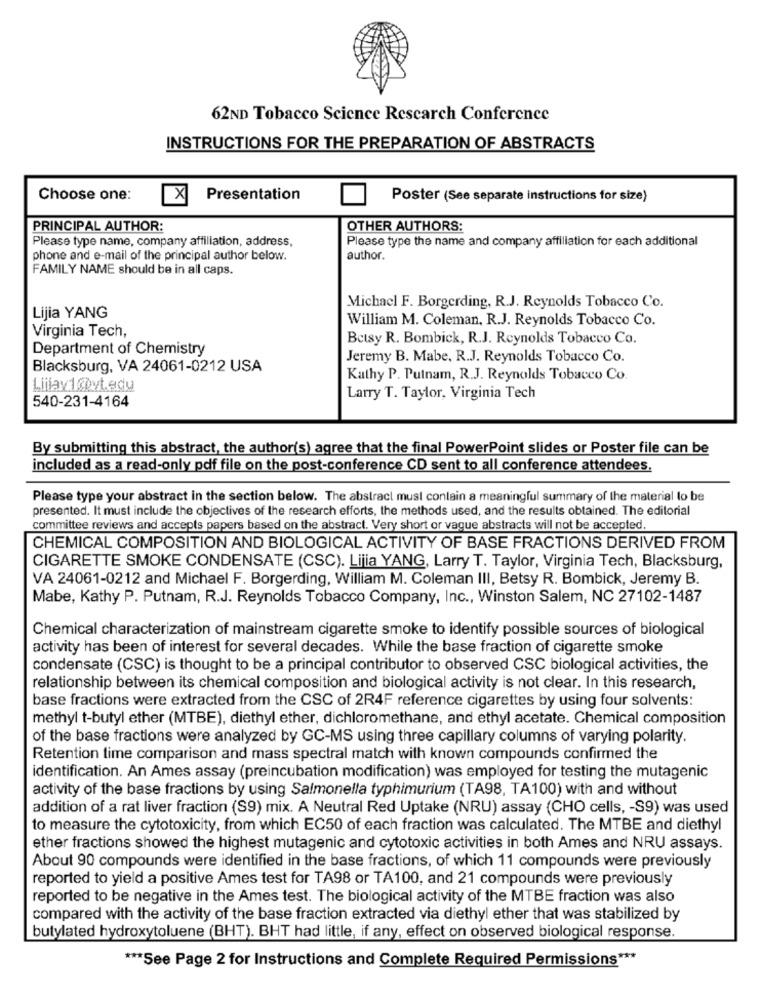
62ND Tobacco Science Research Conference
INSTRUCTIONS FOR THE PREPARATION OF ABSTRACTS
Choose one:
X
Presentation
Poster (See separate instructions for size)
PRINCIPAL AUTHOR:
OTHER AUTHORS:
Please type name, company affiliation, address,
Please type the name and company affiliation for each additional
phone and e-mail of the principal author below.
author.
FAMILY NAME should be in all caps.
Michacl F. Borgerding, R.J. Reynolds Tobacco Co.
Lijia YANG
William M. Coleman, R.J. Reynolds Tobacco Co.
Virginia Tech,
Betsy R. Bombick, R.J. Reynolds Tobacco Co.
Department of Chemistry
Jeremy B. Mabe, R.J. Reynolds Tobacco Co.
Blacksburg, VA 24061-0212 USA
Kathy P. Putnam, R.J. Reynolds Tobacco Co.
Liliav1@byt.edu
540-231-4164
Larry T. Taylor, Virginia Tech
By submitting this abstract, the author's) agree that the final PowerPoint slides or Poster file can be
included as a read-only pdf file on the post-conference CD sent to all conference attendees.
Please type your abstract in the section below. The abstract must contain a meaningful summary of the material to be
presented. It must include the objectives of the research efforts, the methods used, and the results obtained. The editorial
committee reviews and accepts papers based on the abstract. Very short or vague abstracts will not be accepted.
CHEMICAL COMPOSITION AND BIOLOGICAL ACTIVITY OF BASE FRACTIONS DERIVED FROM
CIGARETTE SMOKE CONDENSATE (CSC). Lijia YANG, Larry T. Taylor, Virginia Tech, Blacksburg,
VA 24061-0212 and Michael F. Borgerding, William M. Coleman III, Betsy R. Bombick, Jeremy B.
Mabe, Kathy P. Putnam, R.J. Reynolds Tobacco Company, Inc ., Winston Salem, NC 27102-1487
Chemical characterization of mainstream cigarette smoke to identify possible sources of biological
activity has been of interest for several decades. While the base fraction of cigarette smoke
condensate (CSC) is thought to be a principal contributor to observed CSC biological activities, the
relationship between its chemical composition and biological activity is not clear. In this research,
base fractions were extracted from the CSC of 2R4F reference cigarettes by using four solvents:
methyl t-butyl ether (MTBE), diethyl ether, dichloromethane, and ethyl acetate. Chemical composition
of the base fractions were analyzed by GC-MS using three capillary columns of varying polarity.
Retention time comparison and mass spectral match with known compounds confirmed the
identification. An Ames assay (preincubation modification) was employed for testing the mutagenic
activity of the base fractions by using Salmonella typhimurium (TA98, TA100) with and without
addition of a rat liver fraction (S9) mix. A Neutral Red Uptake (NRU) assay (CHO cells, - S9) was used
to measure the cytotoxicity, from which EC50 of each fraction was calculated. The MTBE and diethyl
ether fractions showed the highest mutagenic and cytotoxic activities in both Ames and NRU assays.
About 90 compounds were identified in the base fractions, of which 11 compounds were previously
reported to yield a positive Ames test for TA98 or TA100, and 21 compounds were previously
reported to be negative in the Ames test. The biological activity of the MTBE fraction was also
compared with the activity of the base fraction extracted via diethyl ether that was stabilized by
butylated hydroxytoluene (BHT). BHT had little, if any, effect on observed biological response.
*** See Page 2 for Instructions and Complete Required Permissions ***